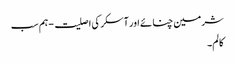
شرمین چنائے اور آسکر کی اصلیت - ہم سب
کالم۔